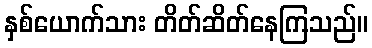
နှစ်ယောက်သား တိတ်ဆိတ်နေကြသည်။